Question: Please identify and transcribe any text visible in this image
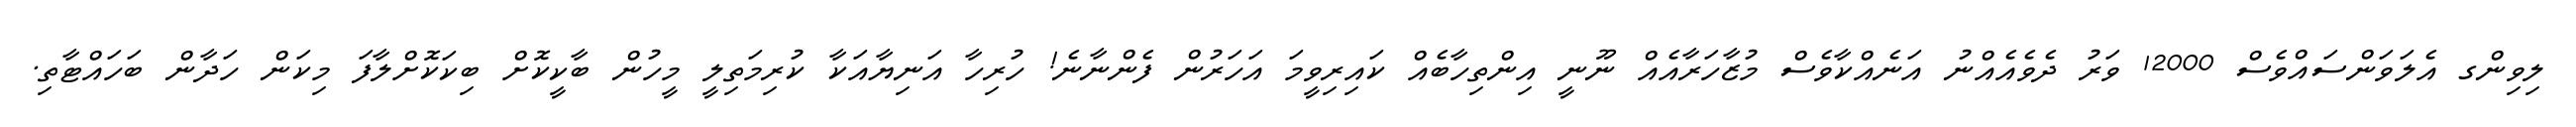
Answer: ލިވިންގ އެލަވަންސައްވެސް 12000 ވަރު ދެވެއެއްނު އަނެއްކާވެސް މުޒާހަރާއެއް ނޫނީ އިންތިހާބެއް ކައިރިވީމަ އަހަރުން ފެންނާނެ! ހުރިހާ އަނިޔާއަކާ ކުރިމަތިލީ މީހުން ބާކީކޮށް ބިކަކޮށްލާފަ މިކަން ހަދާން ބަހައްޓާތި.